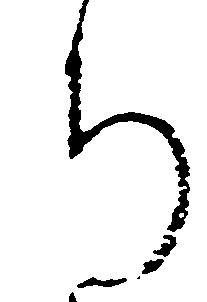
ち